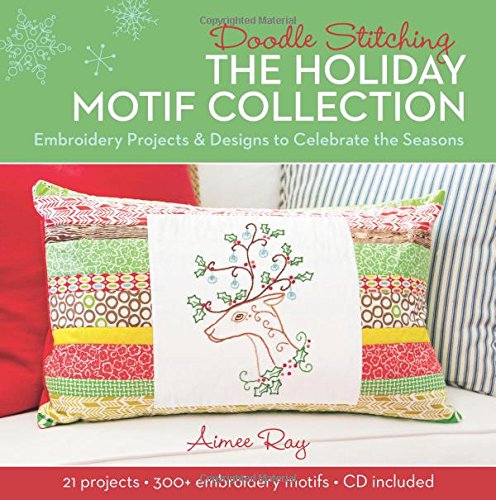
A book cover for Doodle Stitching: The Holiday Motif Collection: Embroidery Projects & Designs to Celebrate the Seasons; Aimee Ray; Crafts, Hobbies & Home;